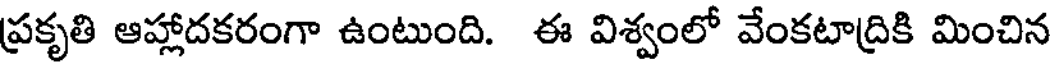
ప్రకృతి ఆహ్లాదకరంగా ఉంటుంది. ఈ విశ్వంలో వేంకటాద్రికి మించిన